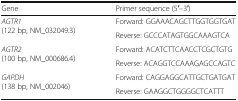
<table><thead><tr><td><b>Gene</b></td><td><b>Primer sequence (5′–3′)</b></td></tr></thead><tbody><tr><td rowspan="2"><i>AGTR1</i>(122 bp, NM_032049.3)</td><td>Forward: GGAAACAGCTTGGTGGTGAT</td></tr><tr><td>Reverse: GCCCATAGTGGCAAAGTCA</td></tr><tr><td rowspan="2"><i>AGTR2</i>(100 bp, NM_000686.4)</td><td>Forward: ACATCTTCAACCTCGCTGTG</td></tr><tr><td>Reverse: ACAGGTCCAAAGAGCCAGTC</td></tr><tr><td rowspan="2"><i>GAPDH</i>(138 bp, NM_002046)</td><td>Forward: CAGGAGGCATTGCTGATGAT</td></tr><tr><td>Reverse: GAAGGCTGGGGCTCATTT</td></tr></tbody></table>